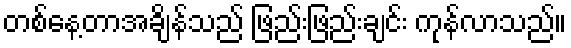
တစ်နေ့တာအချိန်သည် ဖြည်းဖြည်းချင်း ကုန်လာသည်။